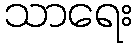
သာရေး